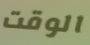
الوقت